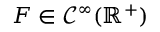
F \in { \mathcal { C } } ^ { \infty } ( \mathbb { R } ^ { + } )